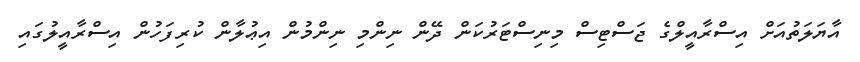
އާޔަލަތުއަށް އިސްރާއީލްގެ ޖަސްޓިސް މިނިސްޓަރުކަން ދޭން ނިންމި ނިންމުން އިޢުލާން ކުރިފަހުން އިސްރާއީލުގައި